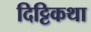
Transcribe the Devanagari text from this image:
दिट्टिकथा